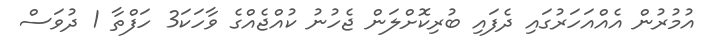
އުމުރުން އެއްއަހަރުގައި ދެފައި ބުރިކޮށްލަން ޖެހުނު ކުއްޖެއްގެ ވާހަކަ3 ހަފްތާ 1 ދުވަސް